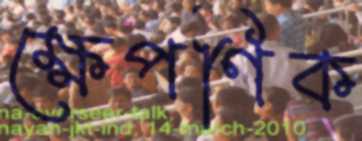
ক্ষেপণিক